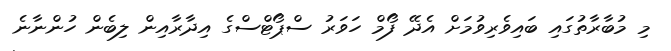
މި މުބާރާތުގައި ބައިވެރިވުމަށް އެދޭ ފޯމް ހަވަރު ސްޕޯޓްސްގެ އިދާރާއިން ލިބެން ހުންނާނެ